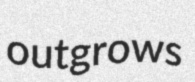
outgrows